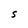
Character: S